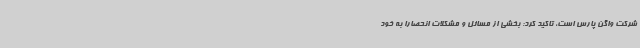
شرکت واگن پارس است، تاکید کرد: بخشی از مسائل و مشکلات انحصارا به خود